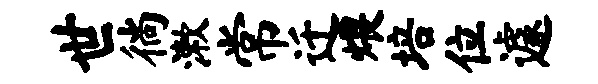
世徜漱常迁煨培位遽